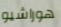
هوراشيو